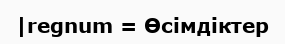
|regnum = Өсімдіктер